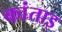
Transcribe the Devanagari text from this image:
कांताइ